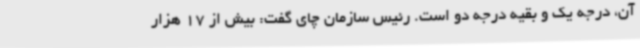
آن، درجه یک و بقیه درجه دو است. رئیس سازمان چای گفت: بیش از 17 هزار